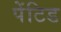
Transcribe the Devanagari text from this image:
पेंटिड